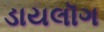
ડાયલૉગ